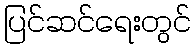
ပြင်ဆင်ရေးတွင်